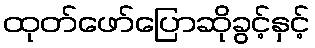
ထုတ်ဖော်ပြောဆိုခွင့်နှင့်